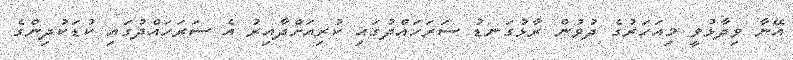
އޭނާ ވިދާޅުވީ މިއަހަރުގެ ދުވުން ރާޅުގަނޑު ސަރަހައްދުގައި ކުރިއަށްދާއިރު އެ ސަރަހައްދުގައި ކުޑަކުދިންގެ